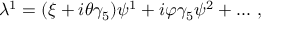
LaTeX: \lambda ^ { 1 } = ( \xi + i \theta \gamma _ { 5 } ) \psi ^ { 1 } + i \varphi \gamma _ { 5 } \psi ^ { 2 } + . . . \ , \,